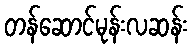
တန်ဆောင်မုန်းလဆန်း